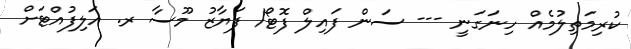
ކުރިމަތިލުމެއް ހިނަގަނީ --- ސަން ފައިލް ފޮޓޯ/ ފަޔާޒު މޫސާ ރ. އަލިފުއްޓަށް